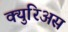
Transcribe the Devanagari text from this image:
क्युरिअस